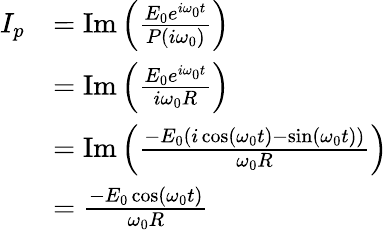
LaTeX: {\begin{array}{rl}{I_{p}}&{=\operatorname{Im}\left({\frac{E_{0}e^{i\omega_{0}t}}{P(i\omega_{0})}}\right)}\\ &{=\operatorname{Im}\left({\frac{E_{0}e^{i\omega_{0}t}}{i\omega_{0}R}}\right)}\\ &{=\operatorname{Im}\left({\frac{-E_{0}(i\cos(\omega_{0}t)-\sin(\omega_{0}t))}{\omega_{0}R}}\right)}\\ &{={\frac{-E_{0}\cos(\omega_{0}t)}{\omega_{0}R}}}\end{array}}